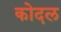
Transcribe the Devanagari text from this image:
कोदल